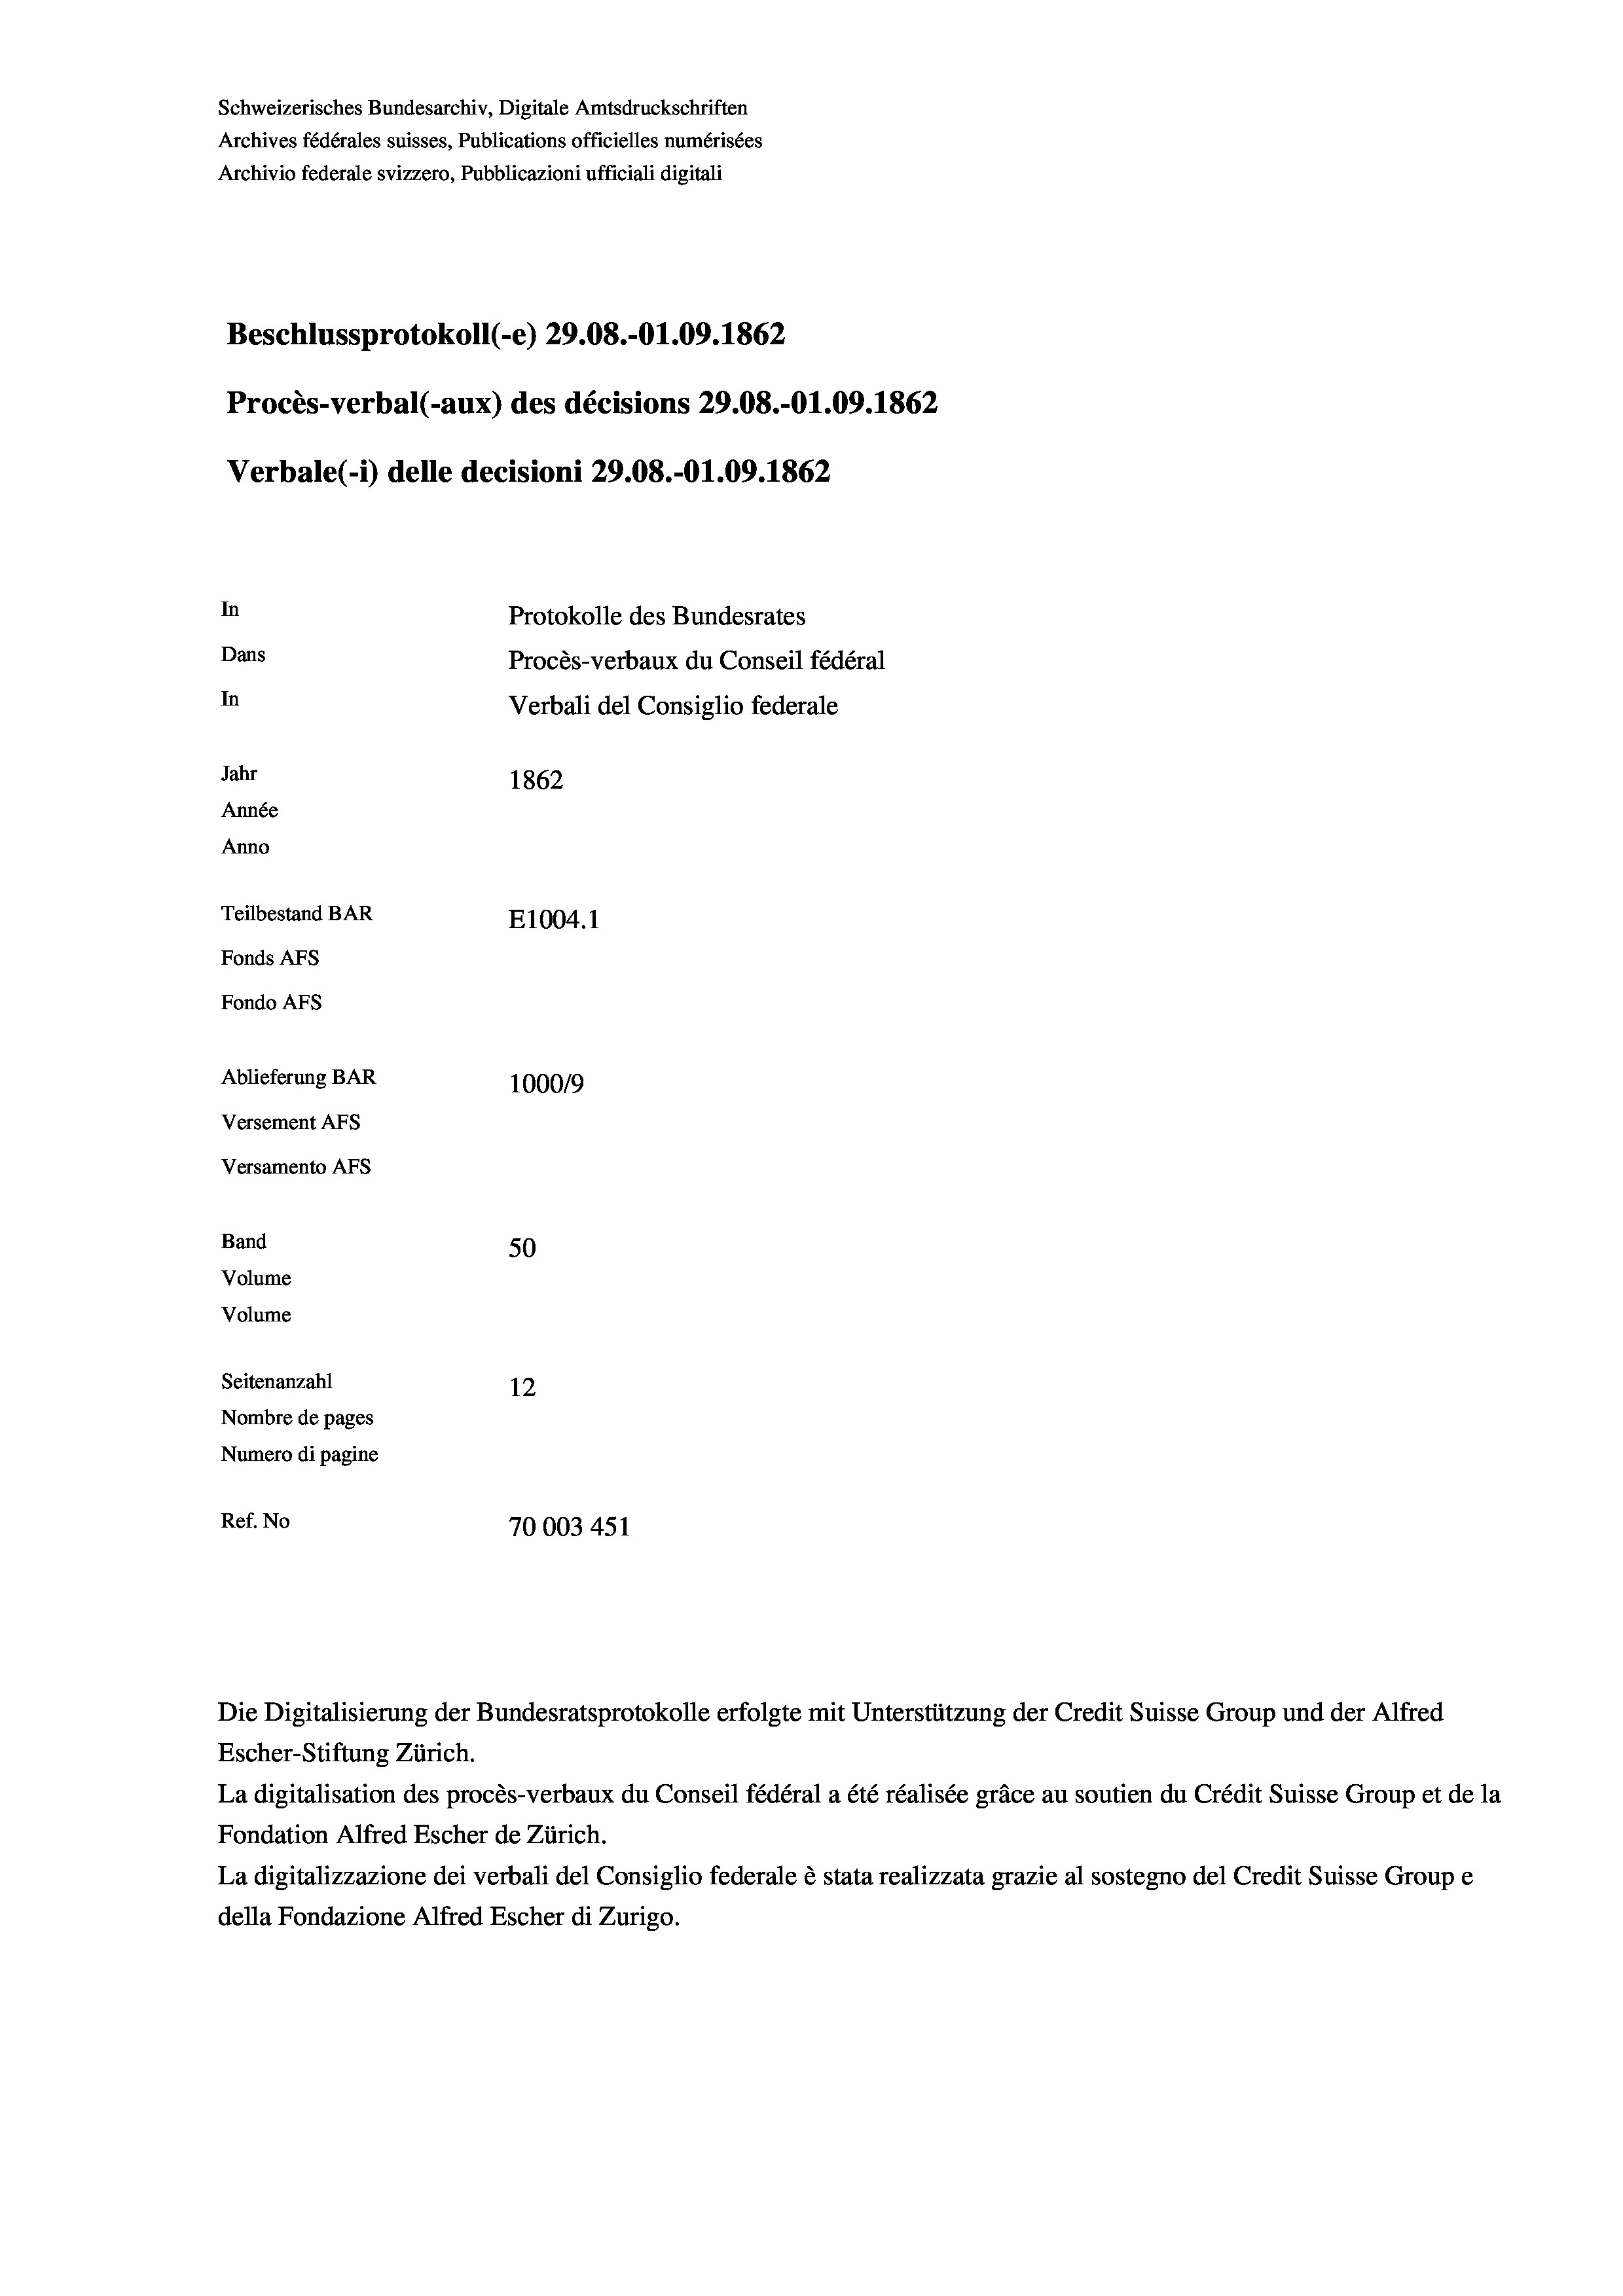
Beschlussprotokoll (-e) 29.08.-01.09. 1862
Procès-verbal (-aux) des décisions 29.08.-O1.09. 1862
Verbale(-*) delle decisioni 29.08.-O1.09. 1862
In
Protokolle des Bundesrates
Dans
Procès-verbaux du Conseil fédéral
In
Verbali del Consiglio federale
Jahr
1862
Année
Anno
Teilbestand BAR
E1004. 1
Fonds AFs
Fondo AFS
Ablieferung BAR
100019
Versement As
Versamento Afs

50
Seitenanzahl
12
Nombre de pages
Numero di pagine
Ref. No
70003451

Band
Volume
Volume

Schweizerisches Bundesarchiv, Digitale Amtsdruckschriften
Archives fédérales suisses, Publications officielles numérisées

Archivio federale svizzero, Pubblicazioni ufficiali digitali

Escher-Stiftung Zürich.
La digitalisation des procès-verbaux du Conseil fédéral a été réalisée gräce au soutien du Crédit Suisse Group et de la
Fondation Alfred Escher de Zürich.
La digitalizzazione dei verbali del Consiglio federale è stata realizzata grazie al sostegno del Credit Suisse Groupe
della Fondazione Alfred Escher di Zurigo.

Die Digitalisierung der Bundesratsprotokolle erfolgte mit Unterstützung der Credit Suisse Group und der Alfred